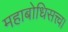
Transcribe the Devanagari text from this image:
महाबोधिसत्त्व।